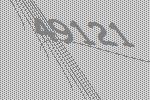
49121